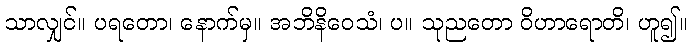
သာလျှင်။ ပရတော၊ နောက်မှ။ အဘိနိဝေသံ၊ ပ။ သုညတော ဝိဟာရောတိ၊ ဟူ၍။